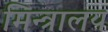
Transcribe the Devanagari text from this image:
मिन्त्रालय